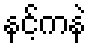
နင့်ကနဲ